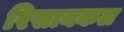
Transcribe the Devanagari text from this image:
रिसायकल